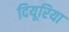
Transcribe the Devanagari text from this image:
दियूरिया